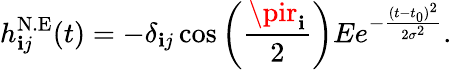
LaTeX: h_{\mathbf{i}j}^{\mathrm{{N.E}}}(t)=-\delta_{\mathbf{i}j}\cos\left(\frac{{\pir_{\mathbf{i}}}}{{2}}\right)Ee^{-\frac{{(t-t_{0})^{2}}}{{2\sigma^{2}}}}.